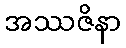
အဿဇိနာ